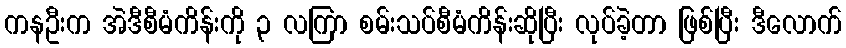
ကနဦးက အဲဒီစီမံကိန်းကို ၃ လကြာ စမ်းသပ်စီမံကိန်းဆိုပြီး လုပ်ခဲ့တာ ဖြစ်ပြီး ဒီလောက်